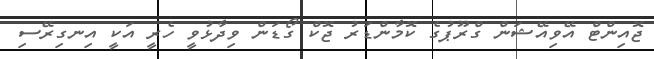
ޖޮއިންޓް އޭވިއޭޝަން ގްރޫޕުގެ ކޮމާންޑަރު ޖޮކް ގޯޑަން ވިދާޅުވީ ހެރީ އަކީ އިނގިރޭސި